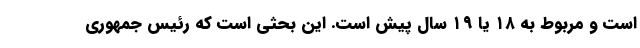
است و مربوط به ۱۸ یا ۱۹ سال پیش است. این بحثی است که رئیس جمهوری